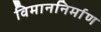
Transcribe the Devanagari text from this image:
विमाननिर्माण